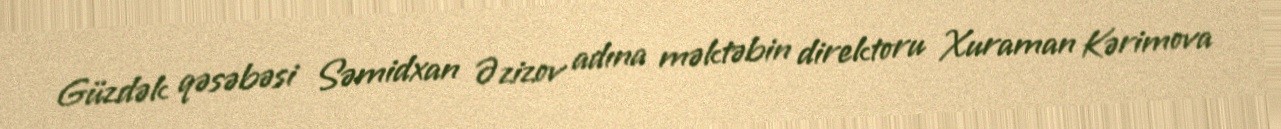
Güzdək qəsəbəsi Səmidxan Əzizov adına məktəbin direktoru Xuraman Kərimova